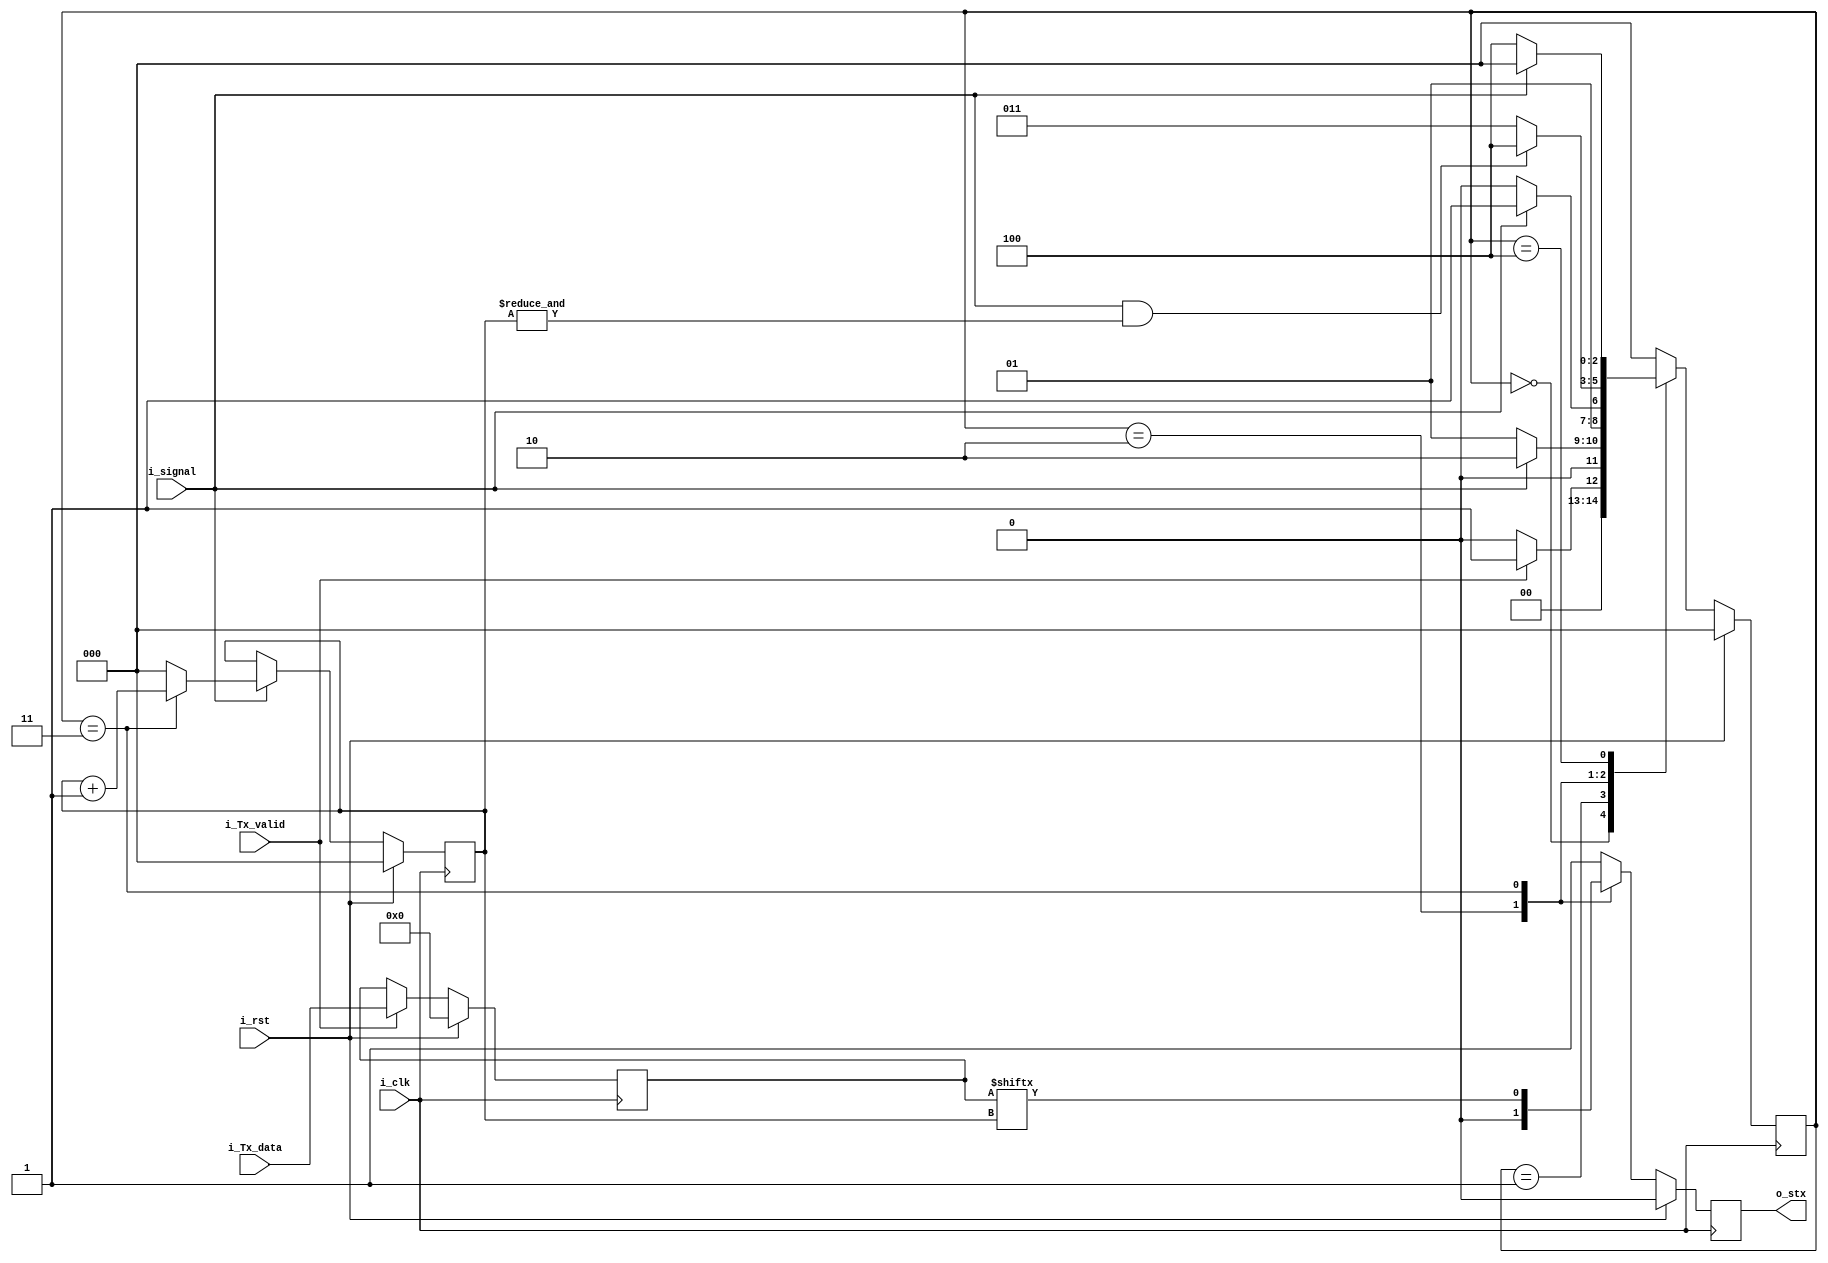
module Uart_Tx (
    input       i_clk,
    input       i_rst,
    input       i_signal,
    input       i_Tx_valid,
    input [7:0] i_Tx_data,
    
    output reg  o_stx
);
localparam S0_Start = 0;
localparam S1_Wait  = 1;
localparam S2_Wait  = 2;
localparam S3_Data  = 3;
localparam S4_Wait  = 4;

reg [2:0] State, Next_State;
reg [2:0] Data_Count;
reg [7:0] tmp;
//============================================================== State
always@(posedge i_clk) State <= i_rst? S0_Start: Next_State;

always@(*)begin
    case(State)
        S0_Start:   Next_State = (i_Tx_valid)? S1_Wait: S0_Start;
        S1_Wait:    Next_State = (i_signal)? S2_Wait: S1_Wait;
        S2_Wait:    Next_State = (i_signal)? S3_Data: S2_Wait;
        S3_Data:    Next_State = (i_signal & (&Data_Count))? S4_Wait: S3_Data;
        S4_Wait:    Next_State = (i_signal)? S0_Start: S4_Wait;
        default:    Next_State = S0_Start;
    endcase
end
//============================================================== Data_Count
always @(posedge i_clk) begin
    if(i_rst) Data_Count <= 0;
    else begin
        if(i_signal)begin
            if(State == S3_Data)
                Data_Count <= Data_Count + 1;
            else
                Data_Count <= 0;
        end
    end
end
//============================================================== tmp
always @(posedge i_clk) begin
    if(i_rst) tmp <= 0;
    else begin
        if(i_Tx_valid)
            tmp <= i_Tx_data;
        end
end
//============================================================== o_stx
always @(posedge i_clk) begin
    if(i_rst) o_stx <= 0;
    else begin
        case(State)
            S2_Wait:    o_stx <= 0;
            S3_Data:    o_stx <= tmp[Data_Count];
            default:    o_stx <= 1;
        endcase
    end
end

endmodule